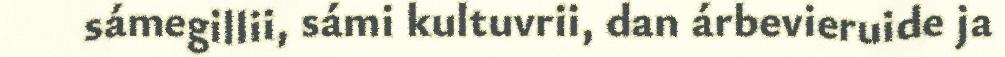
sámegillii, sámi kultuvrii, dan árbevieruide ja